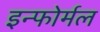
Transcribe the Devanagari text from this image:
इन्फोर्मल